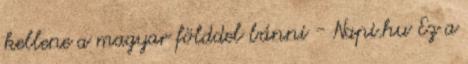
kellene a magyar földdel bánni - Napi.hu Ez a